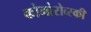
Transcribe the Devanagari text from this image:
कोमोरोव्स्की